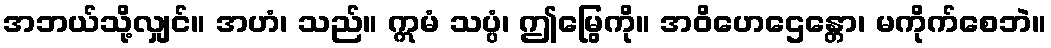
အဘယ်သို့လျှင်။ အဟံ၊ သည်။ ဣမံ သပ္ပံ၊ ဤမြွေကို။ အဝိဟေဌေန္တော၊ မကိုက်စေဘဲ။